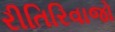
રીતિરિવાજો